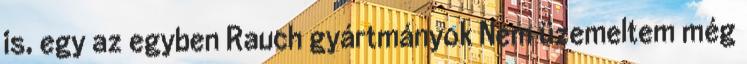
is, egy az egyben Rauch gyártmányok Nem üzemeltem még